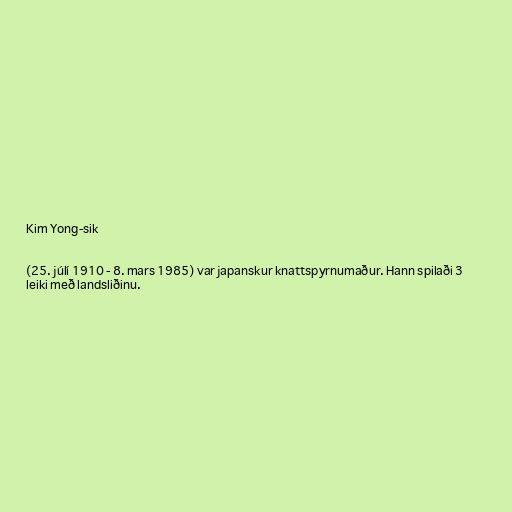
Kim Yong-sik

(25. júlí 1910 - 8. mars 1985) var japanskur knattspyrnumaður. Hann spilaði 3
leiki með landsliðinu.